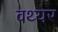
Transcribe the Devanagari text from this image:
वथ्यर